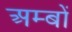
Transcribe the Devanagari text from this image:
अम्बों